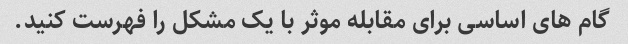
گام های اساسی برای مقابله موثر با یک مشکل را فهرست کنید.